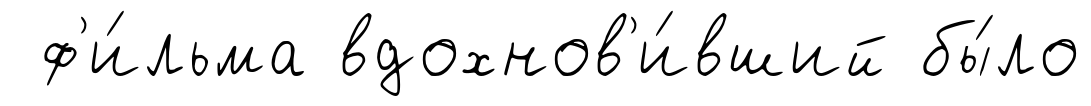
ф'и́льма вдохнов'и́вший бы́ло